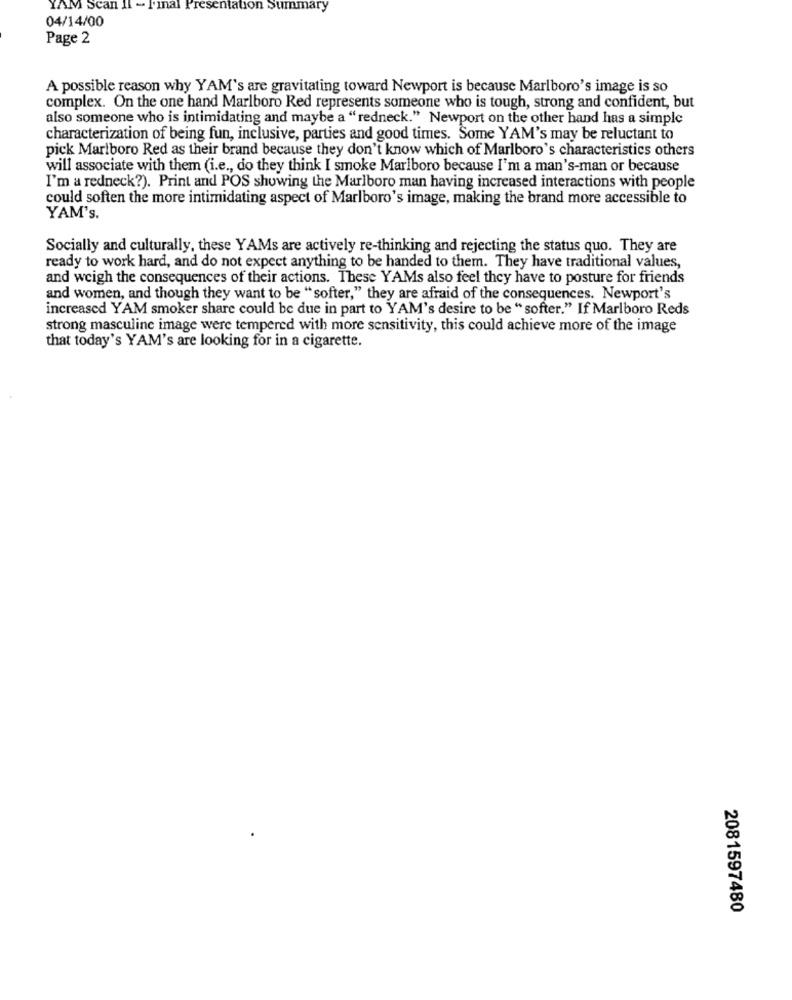
YAM Scan
- T'inal !
Presentation Summary
04/14/00
Page 2
A possible reason why YAM's are gravitating toward Newport is because Marlboro's image is so
complex. On the one hand Marlboro Red represents someone who is tough, strong and confident, but
also someone who is intimidating and maybe a "redneck." Newport on the other hand has a simple
characterization of being fun, inclusive, parties and good times. Some YAM's may be reluctant to
pick Marlboro Red as their brand because they don't know which of Marlboro's characteristics others
will associate with them (i.e ., do they think I smoke Marlboro because I'm a man's-man or because
I'm a redneck?). Print and POS showing the Marlboro man having increased interactions with people
could soften the more intimidating aspect of Marlboro's image, making the brand more accessible to
YAM's.
Socially and culturally, these YAMs are actively re-thinking and rejecting the status quo. They are
ready to work hard, and do not expect anything to be handed to them. They have traditional values,
and weigh the consequences of their actions. These YAMs also feel they have to posture for friends
and women, and though they want to be "softer," they are afraid of the consequences. Newport's
increased YAM smoker share could be due in part to YAM's desire to be " softer." If Marlboro Reds
strong masculine image were tempered with more sensitivity, this could achieve more of the image
that today's YAM's are looking for in a cigarette.
2081597480